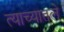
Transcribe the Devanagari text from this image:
त्याच्यातले